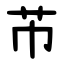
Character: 芇